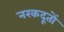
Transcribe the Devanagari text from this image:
नरकदूतों